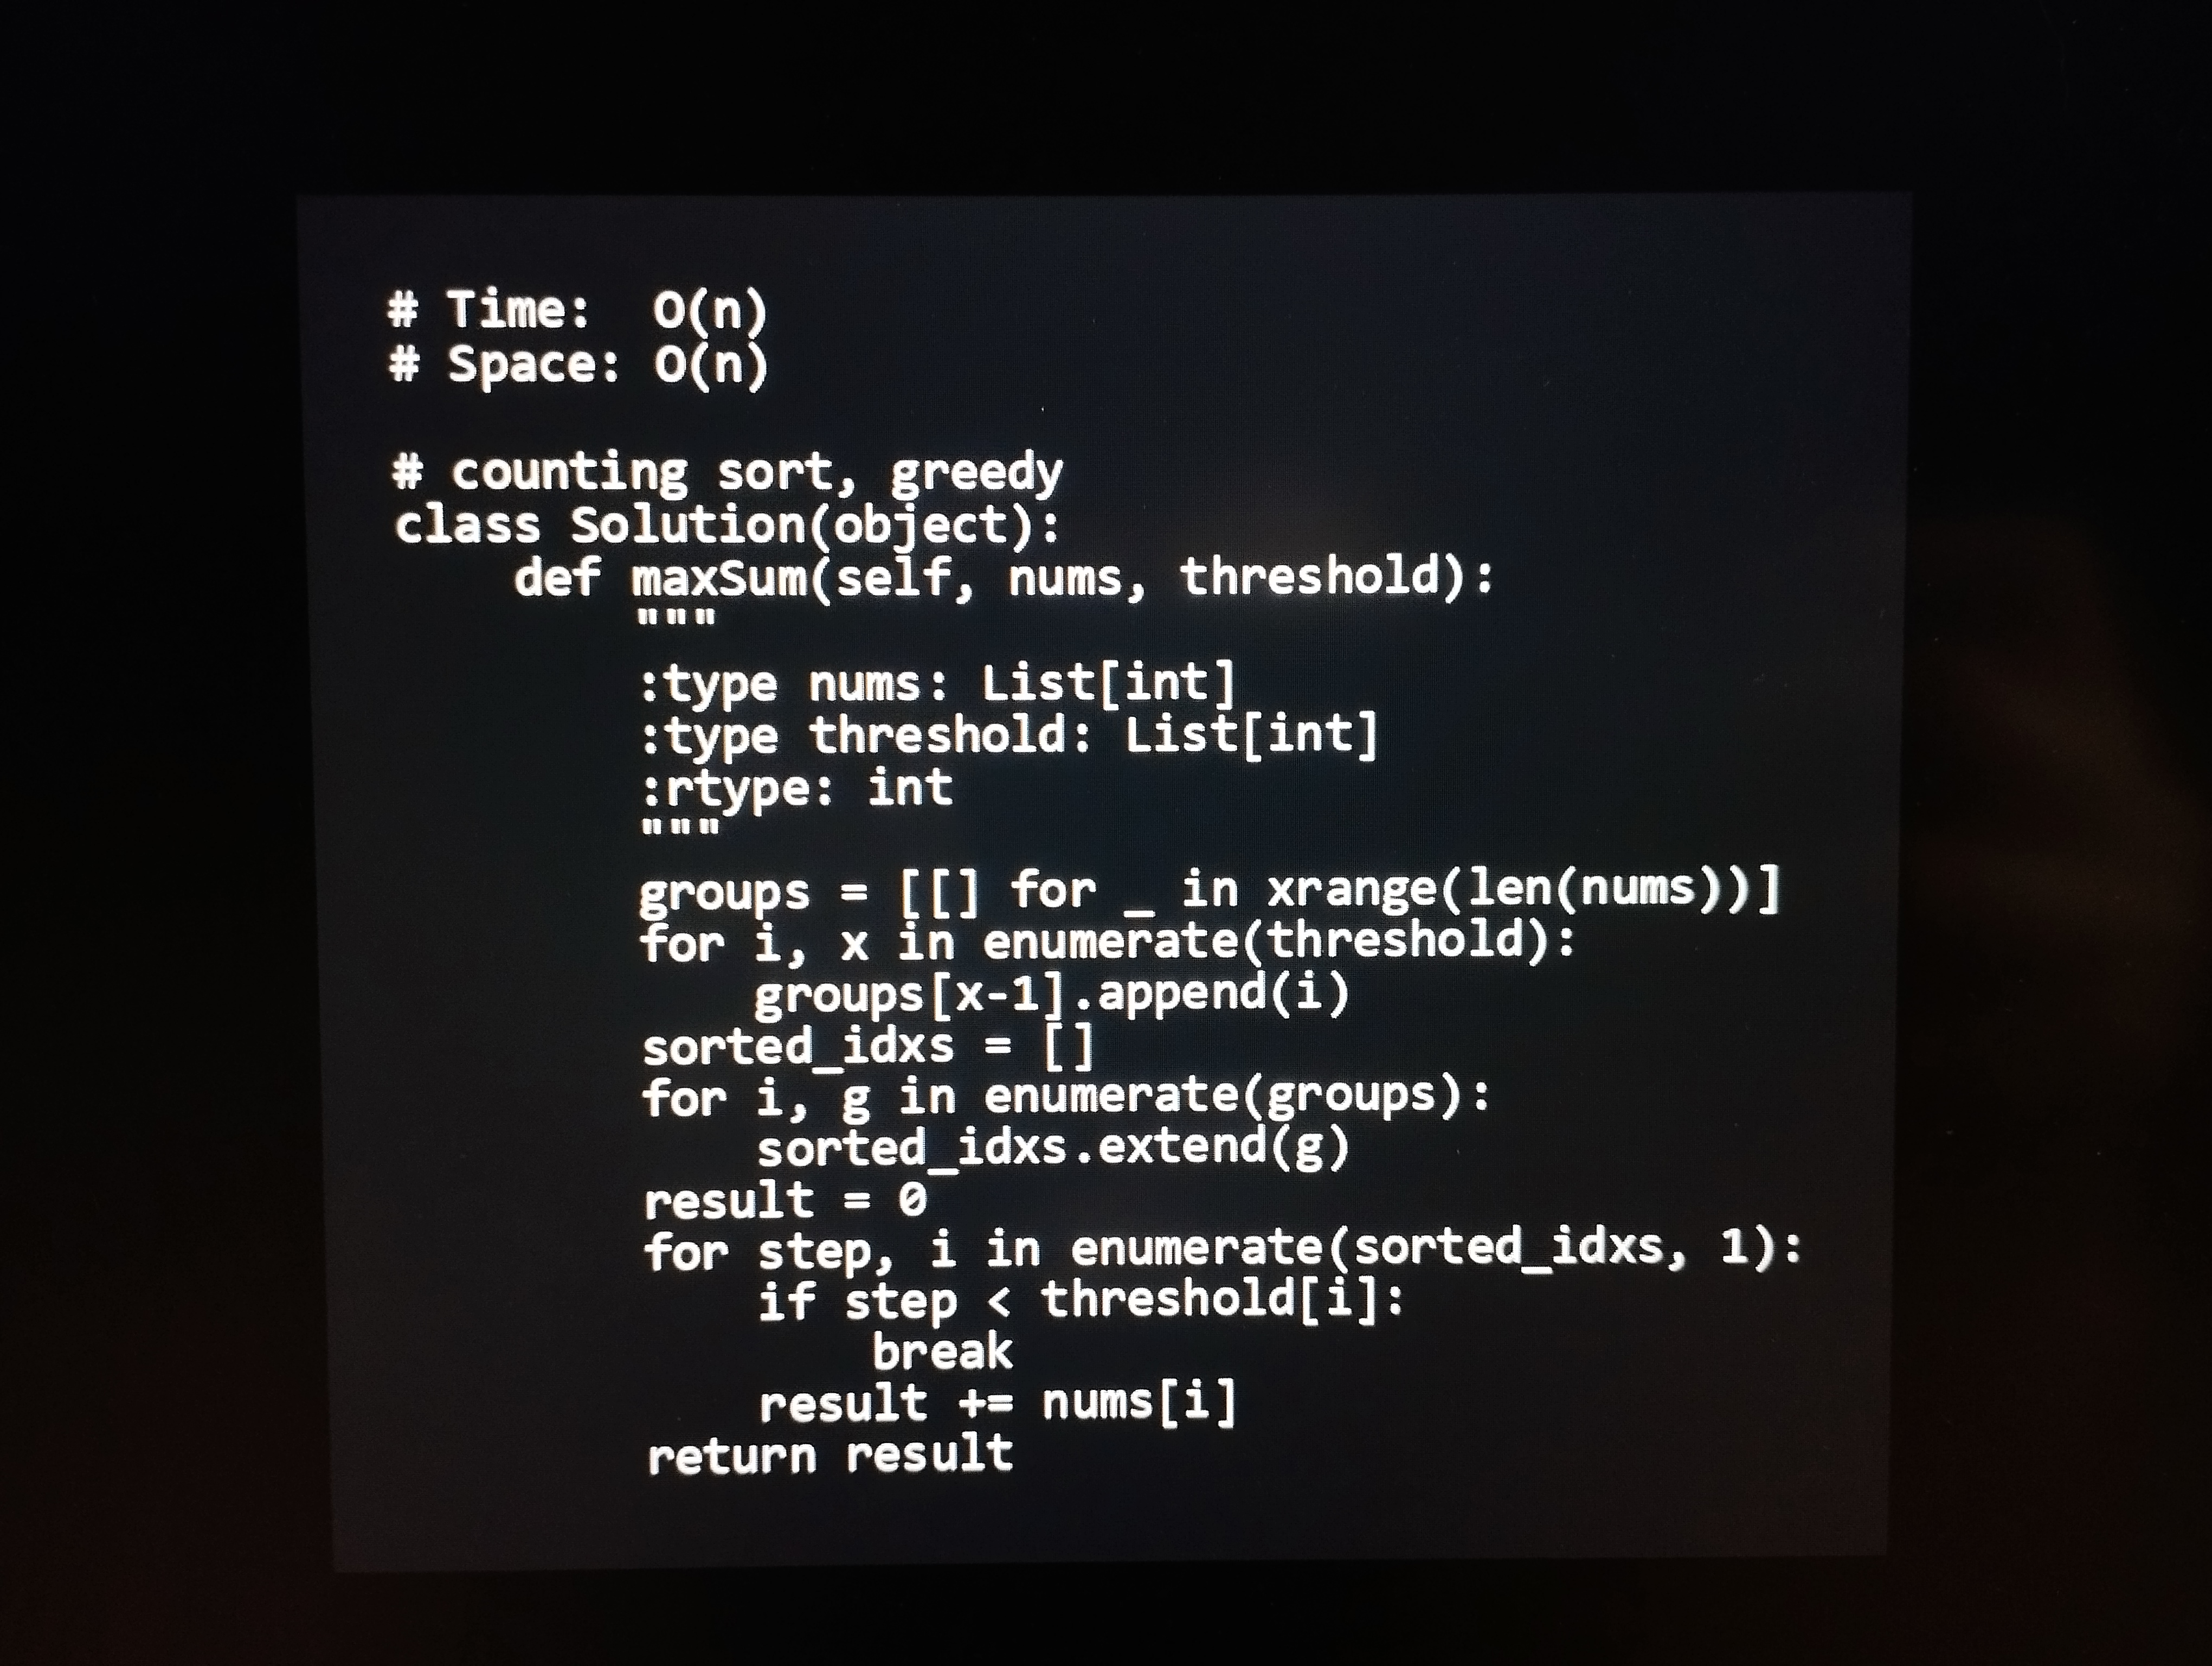
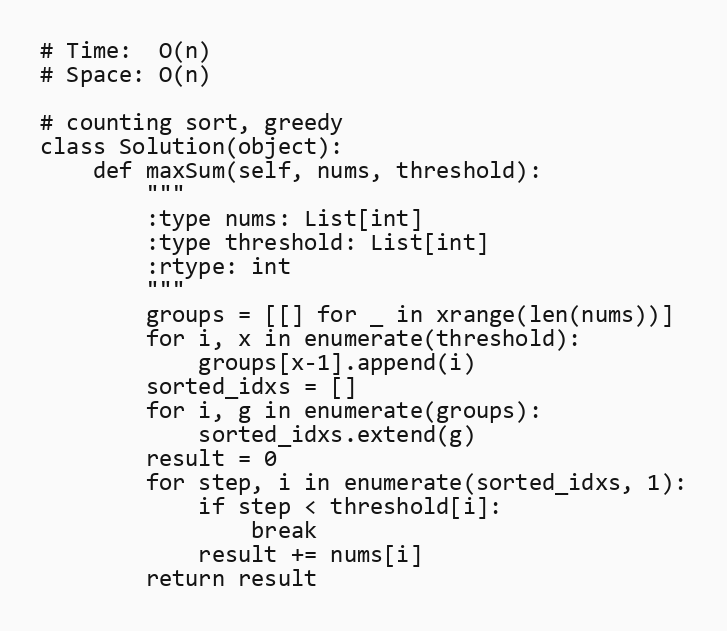
# Time:  O(n)
# Space: O(n)

# counting sort, greedy
class Solution(object):
    def maxSum(self, nums, threshold):
        """
        :type nums: List[int]
        :type threshold: List[int]
        :rtype: int
        """
        groups = [[] for _ in xrange(len(nums))]
        for i, x in enumerate(threshold):
            groups[x-1].append(i)
        sorted_idxs = []
        for i, g in enumerate(groups):
            sorted_idxs.extend(g)
        result = 0
        for step, i in enumerate(sorted_idxs, 1):
            if step < threshold[i]:
                break
            result += nums[i]
        return result